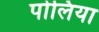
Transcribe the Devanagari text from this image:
पोलिया